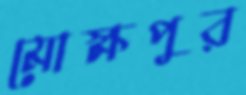
মোক্ষপুর